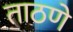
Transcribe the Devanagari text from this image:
ताठणे